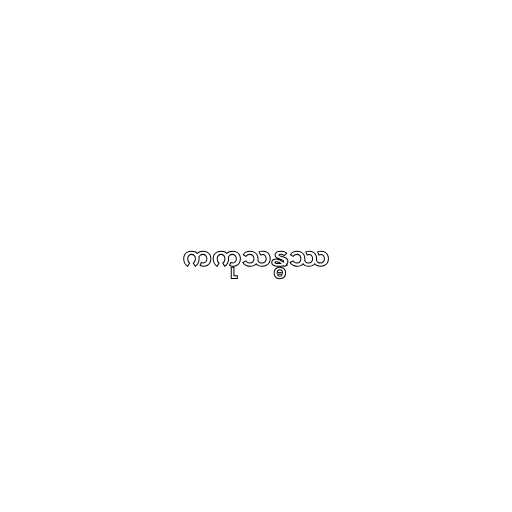
ကကုသန္ဓဿ